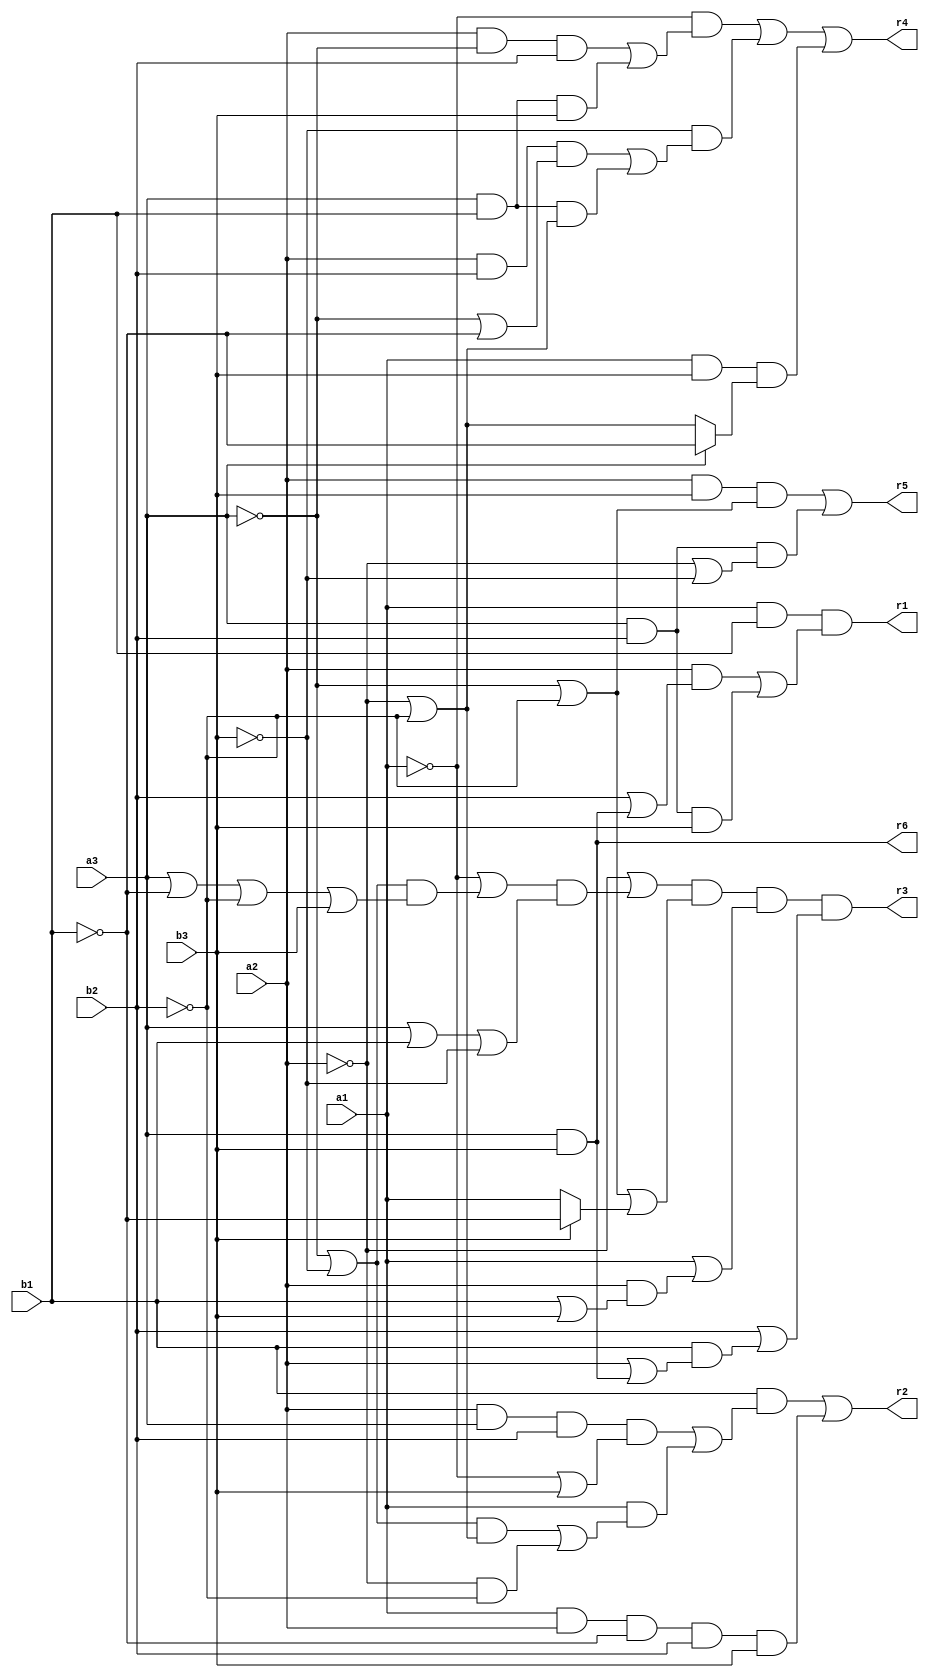
// Benchmark "mult_3x3_out" written by ABC on Sat May 21 15:54:31 2022

module mult_3x3 ( 
    a1, a2, a3, b1, b2, b3,
    r1, r2, r3, r4, r5, r6  );
  input  a1, a2, a3, b1, b2, b3;
  output r1, r2, r3, r4, r5, r6;
  assign r1 = a1 & b1 & ((a2 & (b2 | (a3 & b3))) | (a3 & b2 & b3));
  assign r2 = (b1 & ((a2 & a3 & b2 & (~a1 | b3)) | (a1 & (((~a3 | ~b3) & (~a2 | ~b2)) | (~a2 & ~b2))))) | (a1 & a2 & ~b1 & b2 & b3);
  assign r3 = (~a2 | ((~a1 | ((~a3 | ~b3) & (a3 | ~b1 | ~b2 | b3))) & (a3 | b1 | ~b3))) & (~a3 | ~b2 | (b3 ? ~b1 : a1)) & (a1 | (a2 & (b1 | b3))) & (b2 | (b1 & (a2 | (a3 & b3))));
  assign r4 = (~a1 & ((a2 & ~a3 & b2) | (a3 & b1 & b3))) | (~b3 & ((a2 & b2 & (~a3 | ~b1)) | (a3 & b1 & (~a2 | ~b2)))) | (a1 & b3 & (a3 ? ~b1 : (~a2 | ~b2)));
  assign r5 = (a2 & b3 & (~a3 | ~b2)) | (a3 & b2 & (~a2 | ~b3));
  assign r6 = a3 & b3;
endmodule